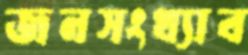
জনসংখ্যাব